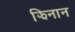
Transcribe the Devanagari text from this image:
झिनान